Vaccination in Burma 1912-1922 - 1912-1922
Year: 1912
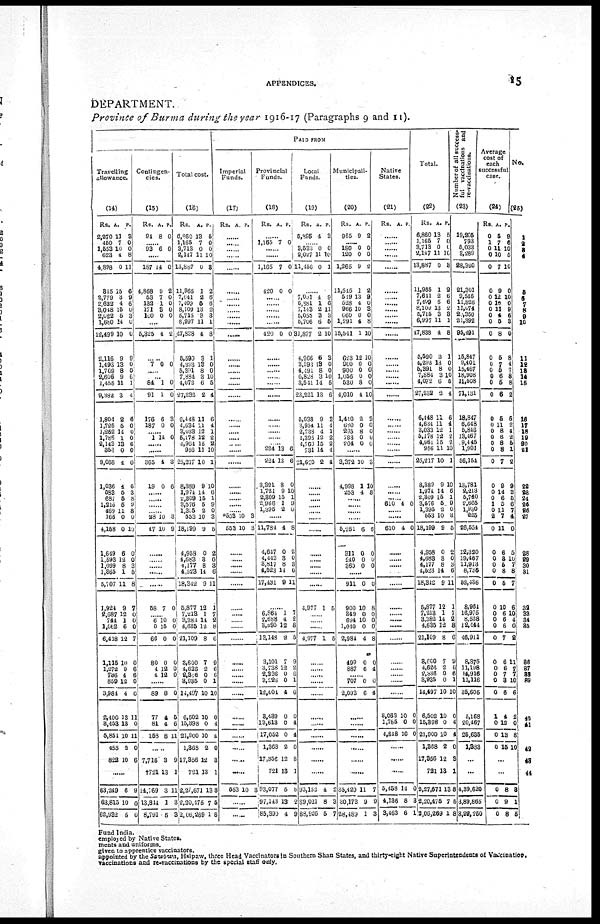
APPENDICES.
15
DEPARTMENT.
Province of Burma during the year 1916-17 (Paragraphs 9 and 11).
Travelling
allowance.
(14)
Rs.
2,270
450
1,553
623
4,898
345
2,779
2,622
3,048
2,022
l,680
1,2,499
2,116
1,493
1,709
2,606
1,455
9,382
1,804
1,725
1,252
1,786
2,143
356
9,068
1,036
583
687
1,216
469
166
4,158
1,649
1,593
1,099
1,365
5,707
1,924
2,687
744
l,062
6,418
1,115
1,272
736
859
3,984
2,400
3,453
5,854
455
822
A.
11
7
10
4
0
15
3
4
15
5
14
10
9
13
8
9
11
3
2
5
14
1
13
0
4
4
5
5
5
11
0
0
6
12
8
1
11
9
12
1
6
12
10
9
4
12
4
13
13
10
2
10
P.
3
0
0
8
11
6
9
6
0
3
0
0
9
0
0
6
1
4
6
0
0
0
6
0
0
6
3
8
9
8
0
10
0
0
3 5
8
7
0
0
0
7
0
6
6 0
0
11
0
11
0
6
......
63,249
63,815
62,932
6
10
5
9
0
0
Contingen-
cies.
(15)
Rs.
94
A.
8
P.
0
...... 93 6 0
......
187
4,868
53
132
171
100
14
9
7
1
3
0
0
2
0
0
0
0
......
5,325 4 2
......
7 0 0
...... ......
84
91
176
187
1
1
6
0
0
0
3
0
...... 1 14 0
......
......
365
19
4
0
3
6
......
......
......
...... 28
47
10
10
3
9
......
......
......
68 7 0
...... 6
0
66
80
4
4
10
16
0
0
12
12
0
0
0
0
0
0
......
89
77
81
158
8
4
4
8
0
5
6
11
......
7,716
†721
14,769
13,844
8,791
3
13
3
1
5
9
1
11
3
3
Total cost.
(16)
Rs.
6,860
1,165
3,713
2,147
13,887
11,965
7,641
7,409
8,109
5,715
6,997
47,838
5,590
4,293
5,391
7,884
4,072
27,232
6,448
4,634
3,033
5,178
4,964
956
25,217
8,389
1,974
2,309
3,576
1,395
553
18,199
4,958
4,683
4,177
4,523
18,342
5,877
7,213
3,382
4,635
21,109
3,600
4,626
2,316
3,935
14,497
6,502
15,398
21,900
1,368
17,356
721
2,27,671
2,20,475
2,06,269
A.
13
7
0
11
0
1
2
5
13
3
11
4
3
19
8
3
6
2
11
11
13
12
15
11
10
9
14
15
5
2
10
9
0
3
8
14
9
12
1
14
12
8
7
2
0
0
10
10
0
10
2
12
13
13
7
1
P.
5
0
0
10
3
2
6
6
2
3
1
8
1
0
0
10
5
4
6
4
1
2
2
10
1
10
6 1
9
0
3
5
2
0
3
6
11
1
7
2
8
6
9
6
6
1
10
0
4
4
0
3
1
8
5
8
PAID FROM
Imperial
Funds.
(17)
Rs. A. P.
......
......
......
......
......
......
......
......
......
......
......
......
......
......
......
......
......
......
......
......
......
.....
......
......
......
......
......
......
......
...... *553
553
10
10
3
3
......
......
......
......
......
......
......
......
......
......
......
......
......
......
......
......
......
......
......
......
......
553 10 3
......
......
Provincial
Funds.
(18)
Rs. A. P.
......
1,165 7 0
......
......
1,165
420
7
0
0
0
......
......
......
......
......
420 0 0
......
......
......
......
......
......
......
......
......
...... .....
224
224
3,391
1,721
2,309
2,966
1,395
13
13
8
9
15
1
2
6
6
0
10
1
9
0
......
11,784
4,647
4,443
3,817
4,523
17,431
4
0
3
8
14
9
8
2
0
3
6
11
......
6,864
2,688
3,595
13,148
3,101
3,738
2,336
3, 228
12,404
3,439
13,613
17,052
1,368
17,356
721
93,077
97,143
85,390
1
4
12
2
7
12
0
0
4
0
0
0
2
12
13
5
13
4
7
2
8
5
9
2
6
1
6
0
4
4
0
3
1
8
2
9
Local
Funds.
(19)
Rs.
5,895
A.
4
P.
3
...... 3,533
2,027
11,456
0
11
0
0
10
1
......
7,091
6,881
7,113
5,055
5,706
31,877
4,966
3,893
4,491
6,828
3,541
23,221
5,038
3,954
2,738
4,395
4,760
731
21,620
4
1
2
3
6
2
6
18
8
3
14
13
9
11
4
12
15
14
2
9
6
11
3
5
10
3
0
0
10
5
6
3
4
1
2
2
4
4
......
......
...... ......
......
......
......
......
......
......
......
......
4,977 1 5
......
......
......
4,977 1 5
......
......
......
......
......
......
......
......
......
......
......
93,152
89,021
88,926
4
8
5
2
3
7
Municipali-
ties.
(20)
Rs.
965
A.
9
P.
2
......
180
120
1,265
11,545
519
528
966
660
1,291
15,541
623
900
900
1,056
530
4,010
1,410
680
295
783
204
0
0
9
1
13
4
10
0
4
1
12
0
0
0
8
4
2
0
8
0
0
0
0
2
2
9
0
3
0
8
10
10
0
0
0
0
10
3
0
0
0
0
......
3,372
4,998
253
10
1
4
3
10
8
......
......
......
......
5,251
311
240
860
6
0
0
0
6
0
0
0
......
911
900
349
694
1,040
2,984
499
887
0
10
0
10
0
4
0
6
0
8
0
0
0
8
0
4
...... 707
2,093
0
6
0
4
......
......
......
......
......
85,429
30,173
28,489
11
9
1
7
9
3
Native
States.
(21)
Rs. A. P.
......
......
......
......
......
......
......
......
......
......
......
......
......
......
......
......
......
......
......
......
......
......
......
......
......
......
......
...... 610 4 0
......
......
610 4 0
......
......
......
......
......
......
...... ......
......
......
......
......
...... ......
......
3,063
1,785
4,848
10
0
10
0
0
0
......
......
......
5,458
4,136
3,463
14
8
6
0
3
1
Total.
(22)
Rs.
6,860
1,165
3,713
2,147
13,887
11,965
7,641
7,409
8,109
5,715
6,997
47,838
5,590
4,293
5,391
7,884
4,072
27,232
6,448
4,684
3,033
5,178
4,964
956
25,217
8,389
1,974
2,309
3,676
1,395
553
18,199
4,958
4,683
4,177
4,523
18,342
5,877
7,213
3,382
4,635
21,109
3,600
4,626
2,336
3,935
14,497
6,502
15,398
21,900
1,368
17,356
721
2,27,671
2,20,475
2,06,269
A.
13
7
0
11
0
1
2
5
13
3
11
4
3
13
8
3
6
2
11
11
12
12
15
11
10
9
14
15
5
2
10
9
0
3
8
14
9
12
1
14
12
8
7
2
0
0
10
10
0
10
2
12
13
13
7
1
P.
5
0
0
10
3
2
6
6
2
8
1
8
1
0
0
10
5
4
6
4
1
2
2
10
1
10
6
1
9
0
3
5
2
0
3
6
11
1
7
2
8
6
9
6
6
1
10
0
4
4
0
3
1
8
5
8
Number of all success¬
ful vaccinations and
re-vaccinations.
(23)
19,205
793
5,033
3,289
28,320
21,301
9,546
11,828
11,074
20,350
21,392
95,491
15,847
9,401
15,467
18,908
11,508
71,131
18,847
6,648
5,846
18,467
9,445
1,901
56,154
13,781
2,213
5,740
2,665
1,930
225
26,554
12,320
19,467
11,913
8,736
52,436
8,964
16,975
8,528
12,444
46,911
8,375
11,198
14,916
11,116
35,605
5,168
20,467
25,635
1,383
...
...
4,39,620
3,89,865
3,92,250
Average
cost of
each
successful
case.
(24)
Rs.
0
1
0
0
0
0
0 0
0
0
0
0
0
0
0
0
0
0
0
0
0
0
0
0
0
0
0
0
1
0
2
0
0
0
0
0
0
0
0
0
0
0
0
0
0
0
0
1
0
0
0
A.
5
7
11
10
7
9
12
10
11
4
5
8
5
7
5
6
5
6
5
11
8
6
8
8
7
9
14
6
5
11
7
11
6
3
5
8
5
10
6
6
6
7
6
6
7
3
6
4
12
13
15
P.
9
6
10
5
10
0
10
0
9
6
8
0
8
4
7
8
8
2
6
2
4
2
5
1
2
9
3
5
6
7
4
0
5
10
7
8
7
6
10
4
0
2
11
7
7
10
6
2
0
8
10
...
...
0
0
0
8
9
8
3
1
5
No.
(25)
1
2 3
4
5
6 7
8
9
10
11
12
13
14
15
16
17
18
19
20
21
22
23
24
25
26
27
28
29
30
31
32
33
34
35
36
37
38
39
40
41
42
43
44
Fund India.
employed by Native States.
ments and uniforms.
given to apprentice vaccinators.
appointed by the Sawbwa, Hsipaw, three Head Vaccinators in Southern Shan States, and thirty-eight Native Superintendents of Vaccination.
vaccinations and re-vaccinations by the special staff only.